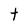
Character: t